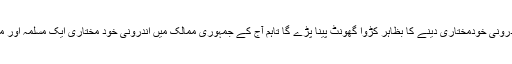
اگرچہ بھارت کو اندرونی خودمختاری دینے کا بظاہر کڑوا گھونٹ پینا پڑے گا تاہم آج کے جمہوری ممالک میں اندرونی خود مختاری ایک مسلمہ اور منصفا نہ تصور ہے۔